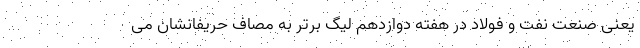
یعنی صنعت نفت و فولاد در هفته دوازدهم لیگ برتر به مصاف حریفانشان می